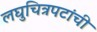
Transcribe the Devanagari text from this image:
लघुचित्रपटांची